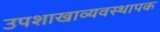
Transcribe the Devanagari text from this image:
उपशाखाव्यवस्थापक